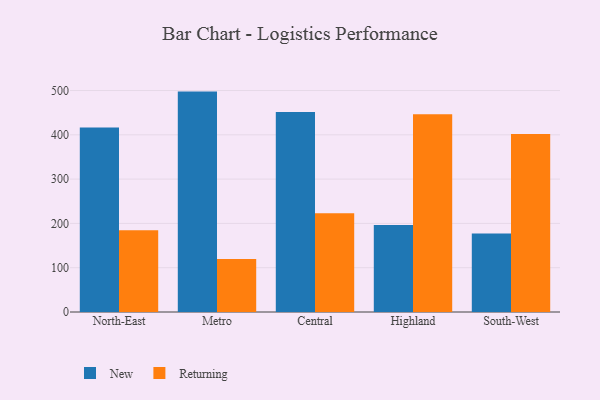
{"axis": {"x": "Region", "y": "Inventory Turnover"}, "legend": ["New", "Returning"], "data": [{"x": "North-East", "y": 416.7, "type": "New"}, {"x": "North-East", "y": 184.6, "type": "Returning"}, {"x": "Metro", "y": 497.6, "type": "New"}, {"x": "Metro", "y": 119.8, "type": "Returning"}, {"x": "Central", "y": 451.8, "type": "New"}, {"x": "Central", "y": 223.0, "type": "Returning"}, {"x": "Highland", "y": 196.3, "type": "New"}, {"x": "Highland", "y": 446.4, "type": "Returning"}, {"x": "South-West", "y": 177.4, "type": "New"}, {"x": "South-West", "y": 402.0, "type": "Returning"}]}